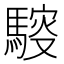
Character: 䮟